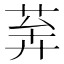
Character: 𦯨